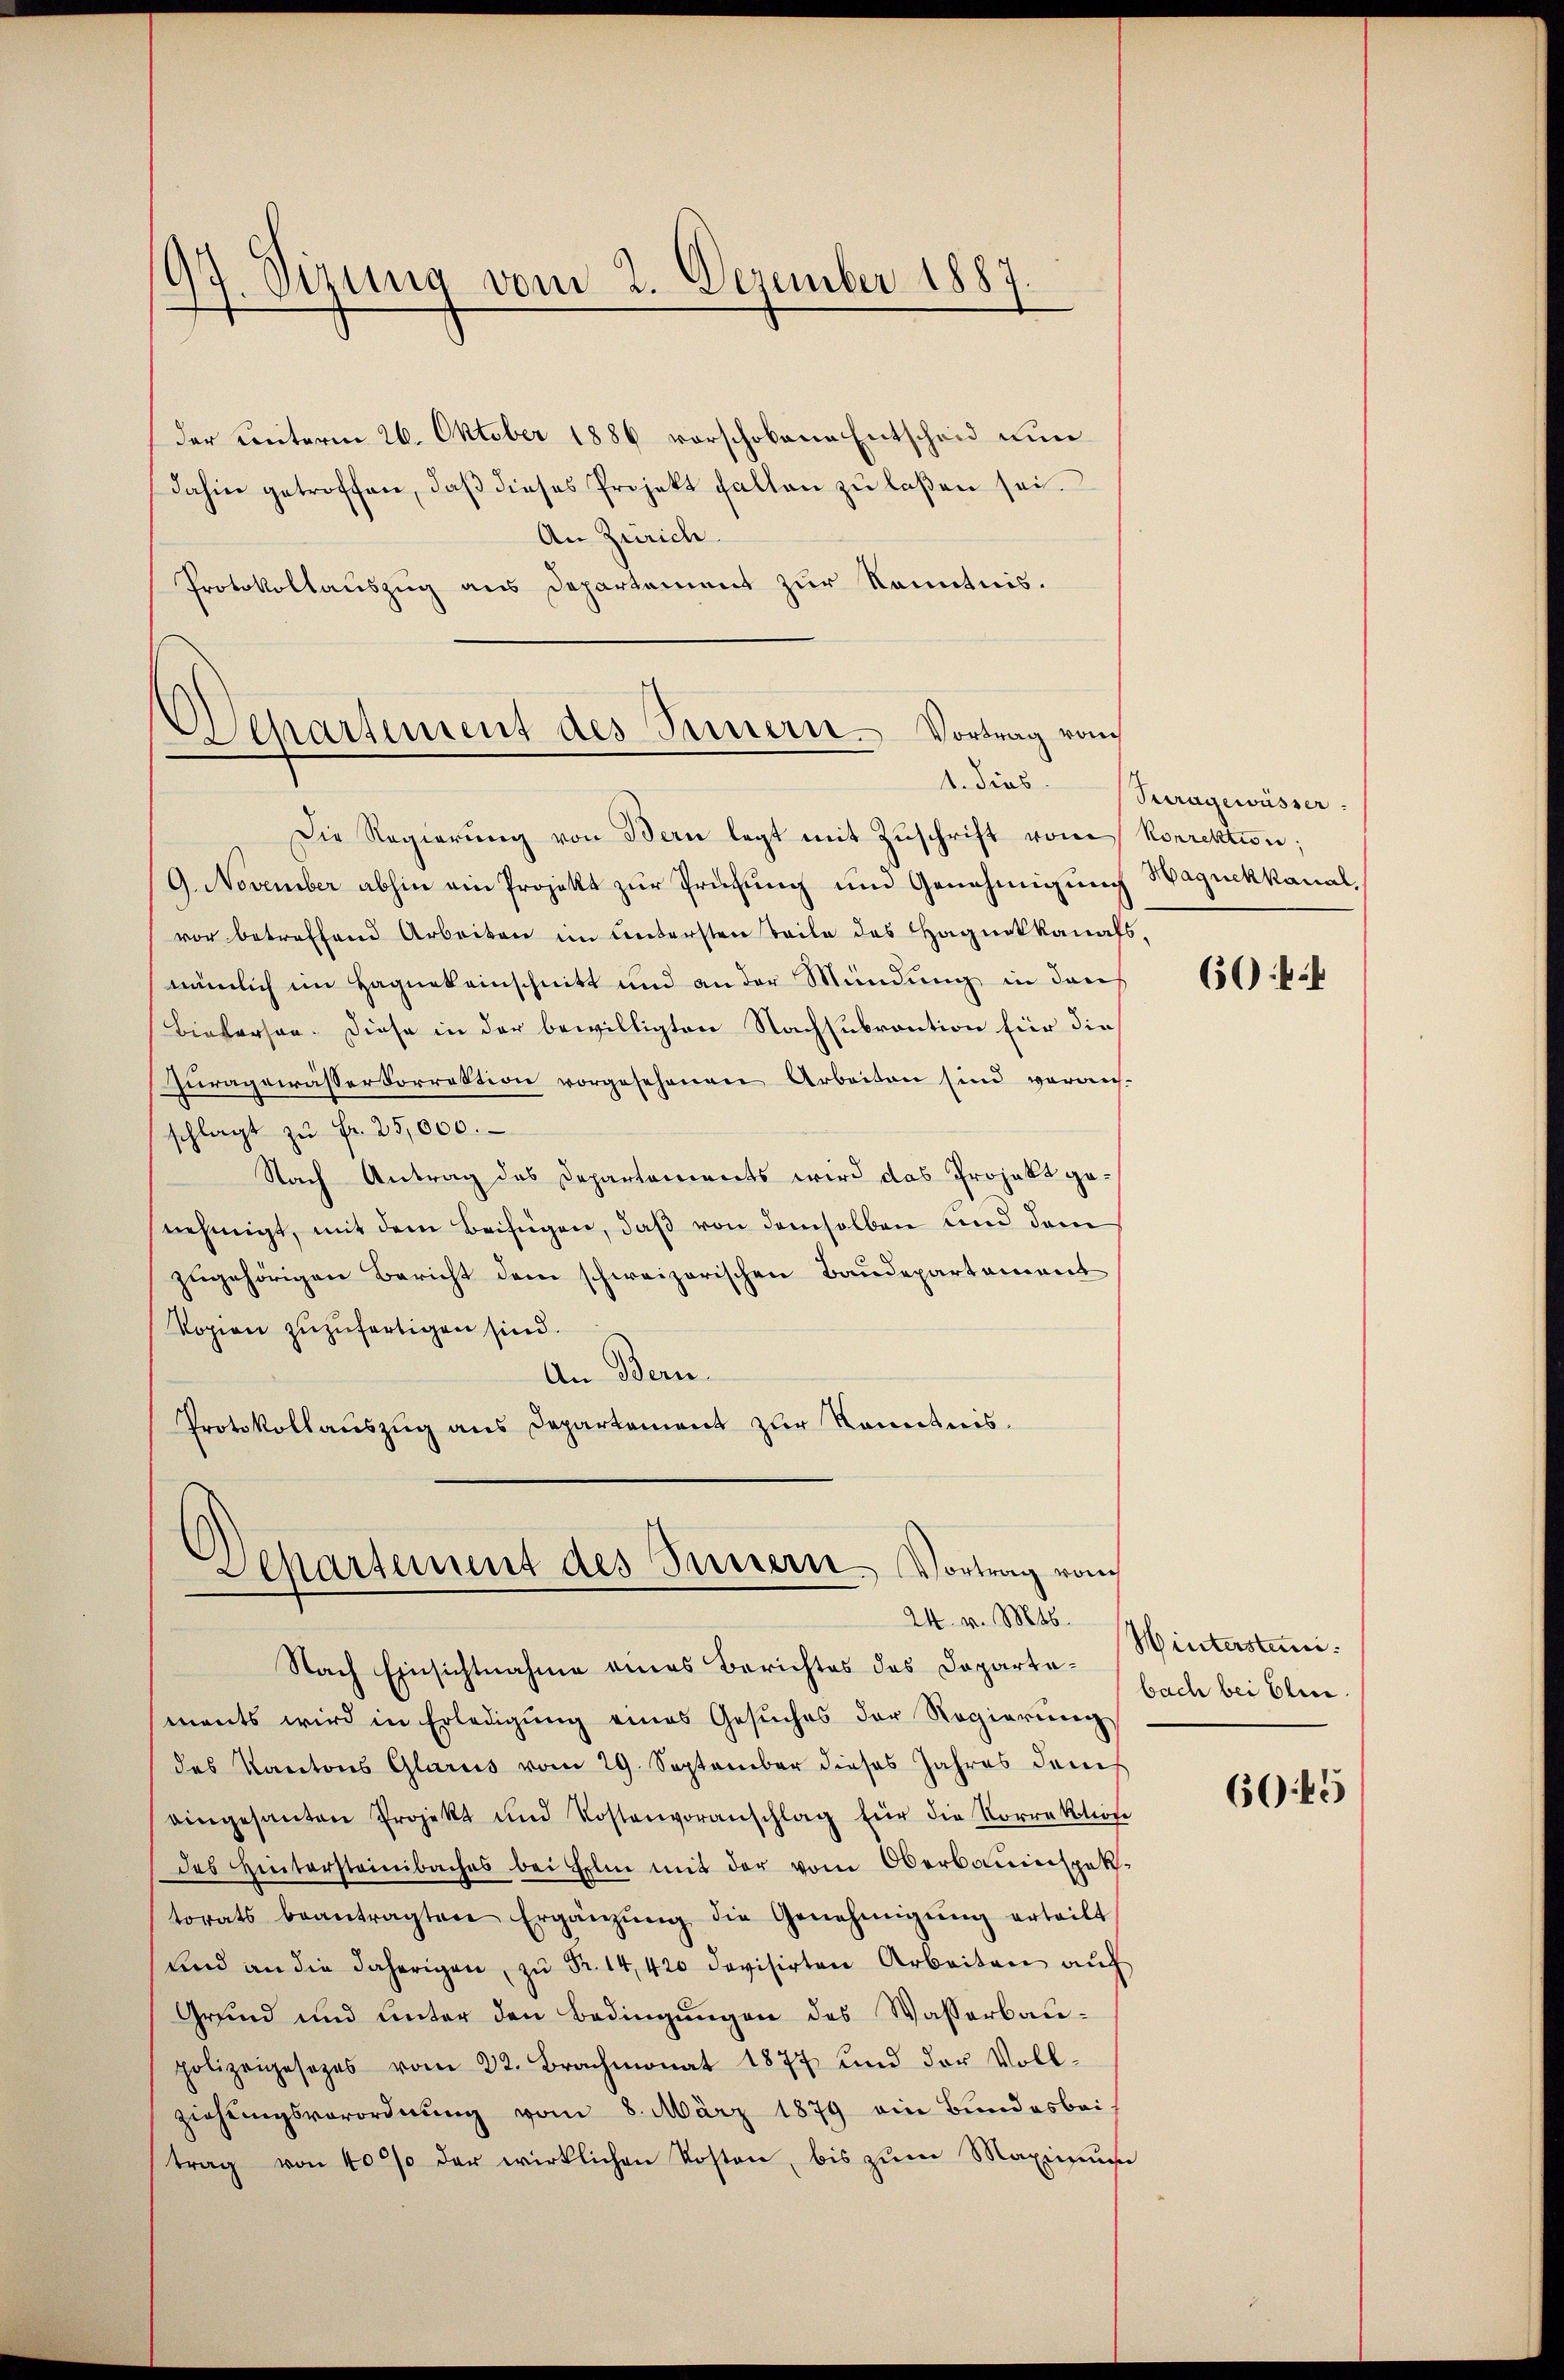
der Linterm 26. Oktober 1886 vorschobene Entscheid nun
dahin getroffen, daβ dieses Projekt fallen zŭ laßen sei.
An Zürich.
Protokollauszug aus Departement zur Kenntnis.

Die Regierŭng von Bern legt mit Zŭschrift vom
9. November abhin ein Projekt zur Prüfung und Genehmigung
vor betreffend Arbeiten im Untersten Teile des Hagnokkanals,
nämlich im Hagnekeinschnitt und an der Mündung in dans
Biekerson. Diese in der bewilligten Nachsubvention für die
Zŭragewässerkorrektion vorgesehenen Arbeiten sind verans-
schlagt zŭ Fr. 25,000.
Nach Antrag des Departements wird das Projekt genehmigt, mit dem Beifügen, daß von demselben und dem
zugehörigen Bericht dem schweizerischen Baudepartement
Vopien zuzufertigen sind.
An Bern.
Protokollauszug aus Departement zur Kenntnis.

97. Sizung vom 2. Dezember 1887

Wehartement des Seinern Vortrag von
tdies

Departement des Innern Vortrag von

Nach Einsichtnahme eines Berichtes des Dopartements wird in Erledigung eines Gesuches der Regierung
des Kantons Glarus vom 29. September dieses Jahres dem
eingesanten Projekt und Kostenvoranschlag für die Vorrektion
des Hintersteinbaches bei Eile mit der vom Oberbauinspek-
torats beantragten Ergänzŭng die Genehmigŭng erteilt
und an die daherigen, zŭ Fr. 14,420 devisirten Arbeiten auf
Grund und unter den Bedingungen des Wasserbaupolizeigesezes vom 22. Brachmonat 1877 und der Voll-
ziehungsverordnung vom 8. März 1879 ein Bundesbeitrag von 40% der wirklichen Kosten, bis zum Maximum

e

Puragewässer.
Korrektion:
Hagnekkanal,

6044

24. v. Mts. interstani
bach bei Elie

6045